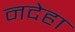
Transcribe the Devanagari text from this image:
नदेहा